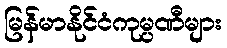
မြန်မာနိုင်ငံကုမ္ပဏီများ